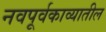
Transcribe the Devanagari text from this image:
नवपूर्वकाव्यातील